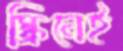
স্ক্রিনেই